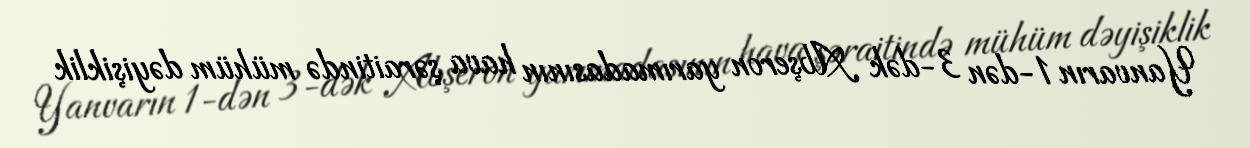
Yanvarın 1-dən 3-dək Abşeron yarımadasının hava şəraitində mühüm dəyişiklik